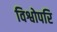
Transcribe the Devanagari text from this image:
विश्वोपरि